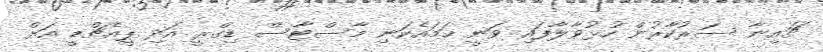
ޗައިނާ ސަރުކާރުން ހުޅުވާލާފައި ވަނީ ހަމައެކަނި މާސްޓާސް ޑިގްރީ އަދި ޕީއެޗްޑީ އަށް